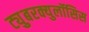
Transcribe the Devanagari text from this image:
ट्युुबरक्युलॉसिस